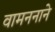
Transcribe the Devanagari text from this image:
वामननाने